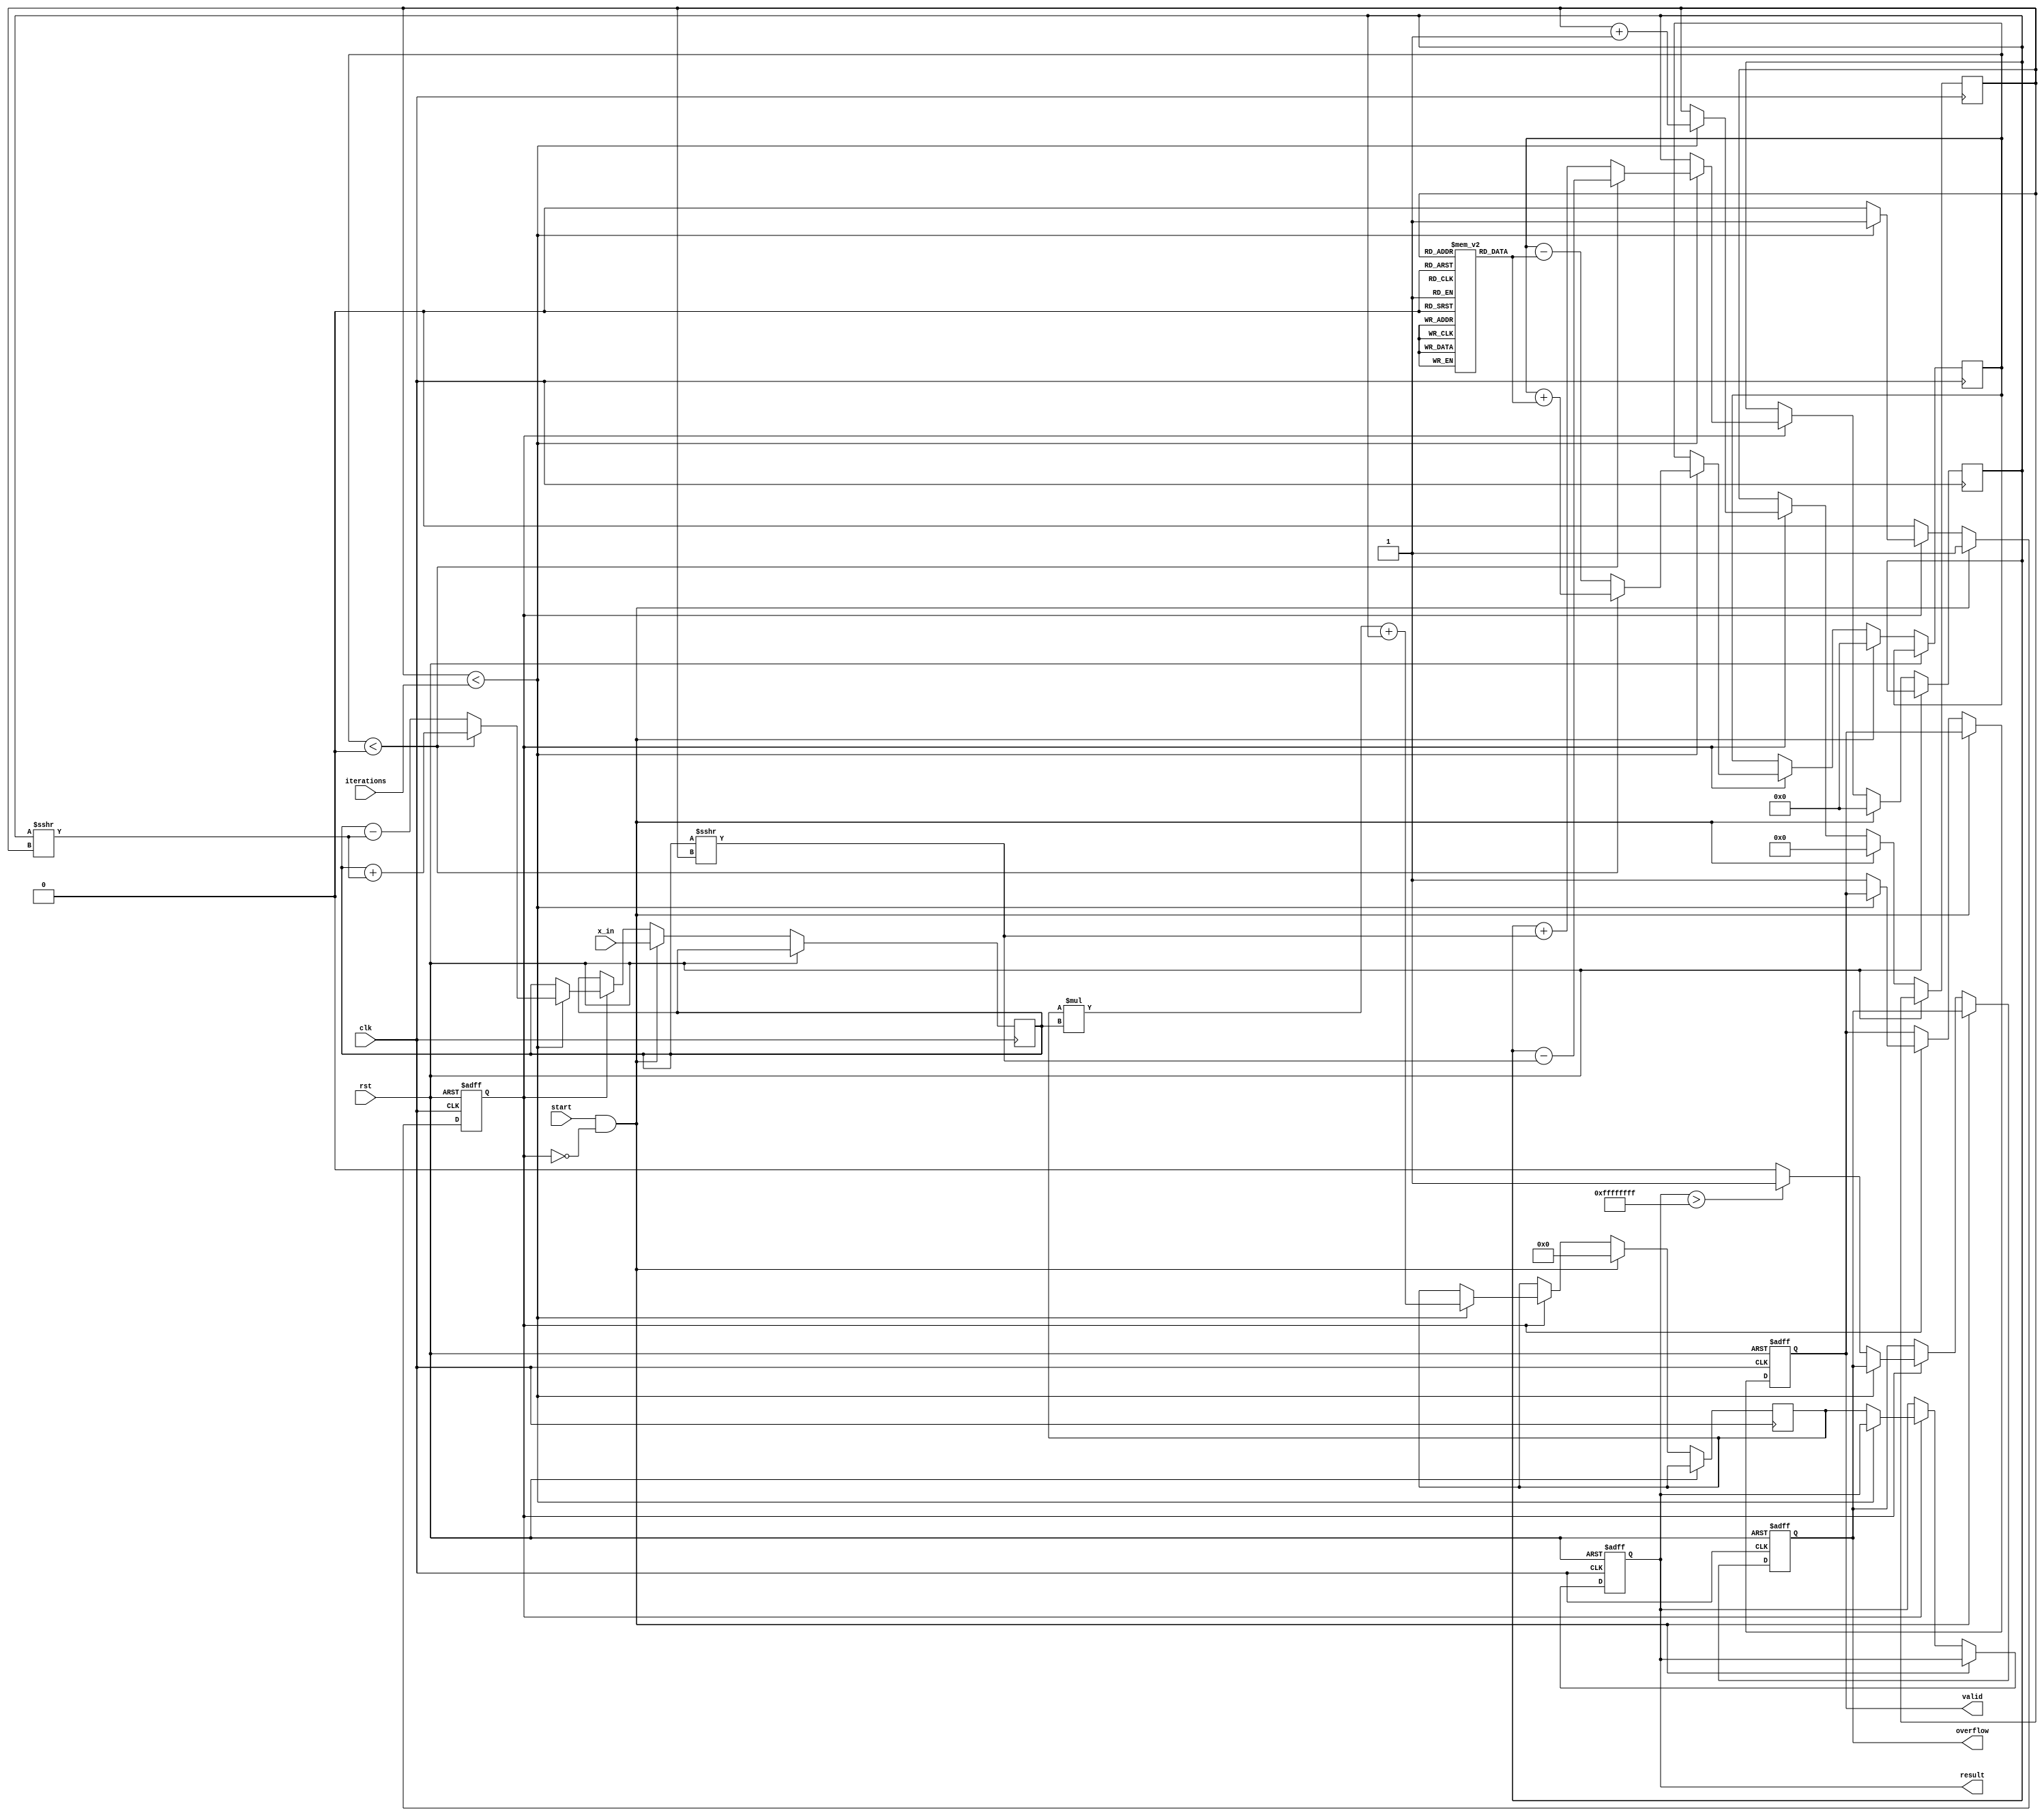
module cordic_polynomial_evaluator(
    input wire clk,
    input wire rst,
    input wire start,
    input wire [15:0] x_in,       // Input value for polynomial evaluation
    input wire [3:0] iterations,  // Number of iterations for CORDIC
    output reg [31:0] result,     // Result of polynomial evaluation
    output reg valid,             // Output valid signal
    output reg overflow           // Overflow flag
);

// CORDIC constants
parameter NUM_ITERATIONS = 16;
reg [15:0] angle_table [0:NUM_ITERATIONS-1];
reg [15:0] gain_table [0:NUM_ITERATIONS-1];

// Registers for CORDIC computation
reg [15:0] x, y, z;
reg [3:0] iter_count;
reg [31:0] polynomial_result; // Placeholder for polynomial result
reg busy;

// Initialize lookup tables for CORDIC
initial begin
    // Populate angle_table with arctangent values
    angle_table[0] = 16'h0000; // atan(1) = 0
    angle_table[1] = 16'h3D90; // atan(0.5) = 26.565 degrees
    angle_table[2] = 16'h3B2D; // atan(0.25) = 14.036 degrees
    // Continue filling the angle table...

    // Populate gain_table with scaling factors
    gain_table[0] = 16'h0000; // gain for iteration 0
    gain_table[1] = 16'h0001; // gain for iteration 1
    // Continue filling the gain table...
end

// Control FSM
always @(posedge clk or posedge rst) begin
    if (rst) begin
        busy <= 0;
        valid <= 0;
        overflow <= 0;
        result <= 0;
    end else if (start && !busy) begin
        busy <= 1;
        x <= x_in;
        y <= 0;
        z <= 0; // Initialize z as the input angle or polynomial input
        iter_count <= 0;
        polynomial_result <= 0; // Reset polynomial result
    end else if (busy) begin
        if (iter_count < iterations) begin
            // CORDIC rotation logic
            if (z < 0) begin
                // Perform rotation
                x <= x + (y >>> iter_count);
                y <= y - (x >>> iter_count);
                z <= z + angle_table[iter_count];
            end else begin
                // Perform rotation in opposite direction
                x <= x - (y >>> iter_count);
                y <= y + (x >>> iter_count);
                z <= z - angle_table[iter_count];
            end

            // Update polynomial result using Horner's method
            polynomial_result <= polynomial_result * x + y; // Example polynomial evaluation

            iter_count <= iter_count + 1;
        end else begin
            busy <= 0;
            valid <= 1;
            result <= polynomial_result; // Output the final result
            // Check for overflow conditions (example)
            if (result > 32'hFFFFFFFF) begin
                overflow <= 1;
            end else begin
                overflow <= 0;
            end
        end
    end
end

endmodule